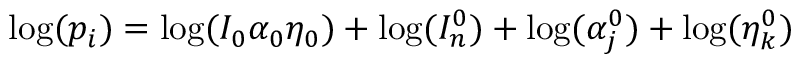
\mathrm { l o g } ( p _ { i } ) = \mathrm { l o g } ( I _ { 0 } \alpha _ { 0 } \eta _ { 0 } ) + \mathrm { l o g } ( I _ { n } ^ { 0 } ) + \mathrm { l o g } ( \alpha _ { j } ^ { 0 } ) + \mathrm { l o g } ( \eta _ { k } ^ { 0 } )